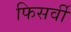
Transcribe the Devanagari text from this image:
फिसर्वी